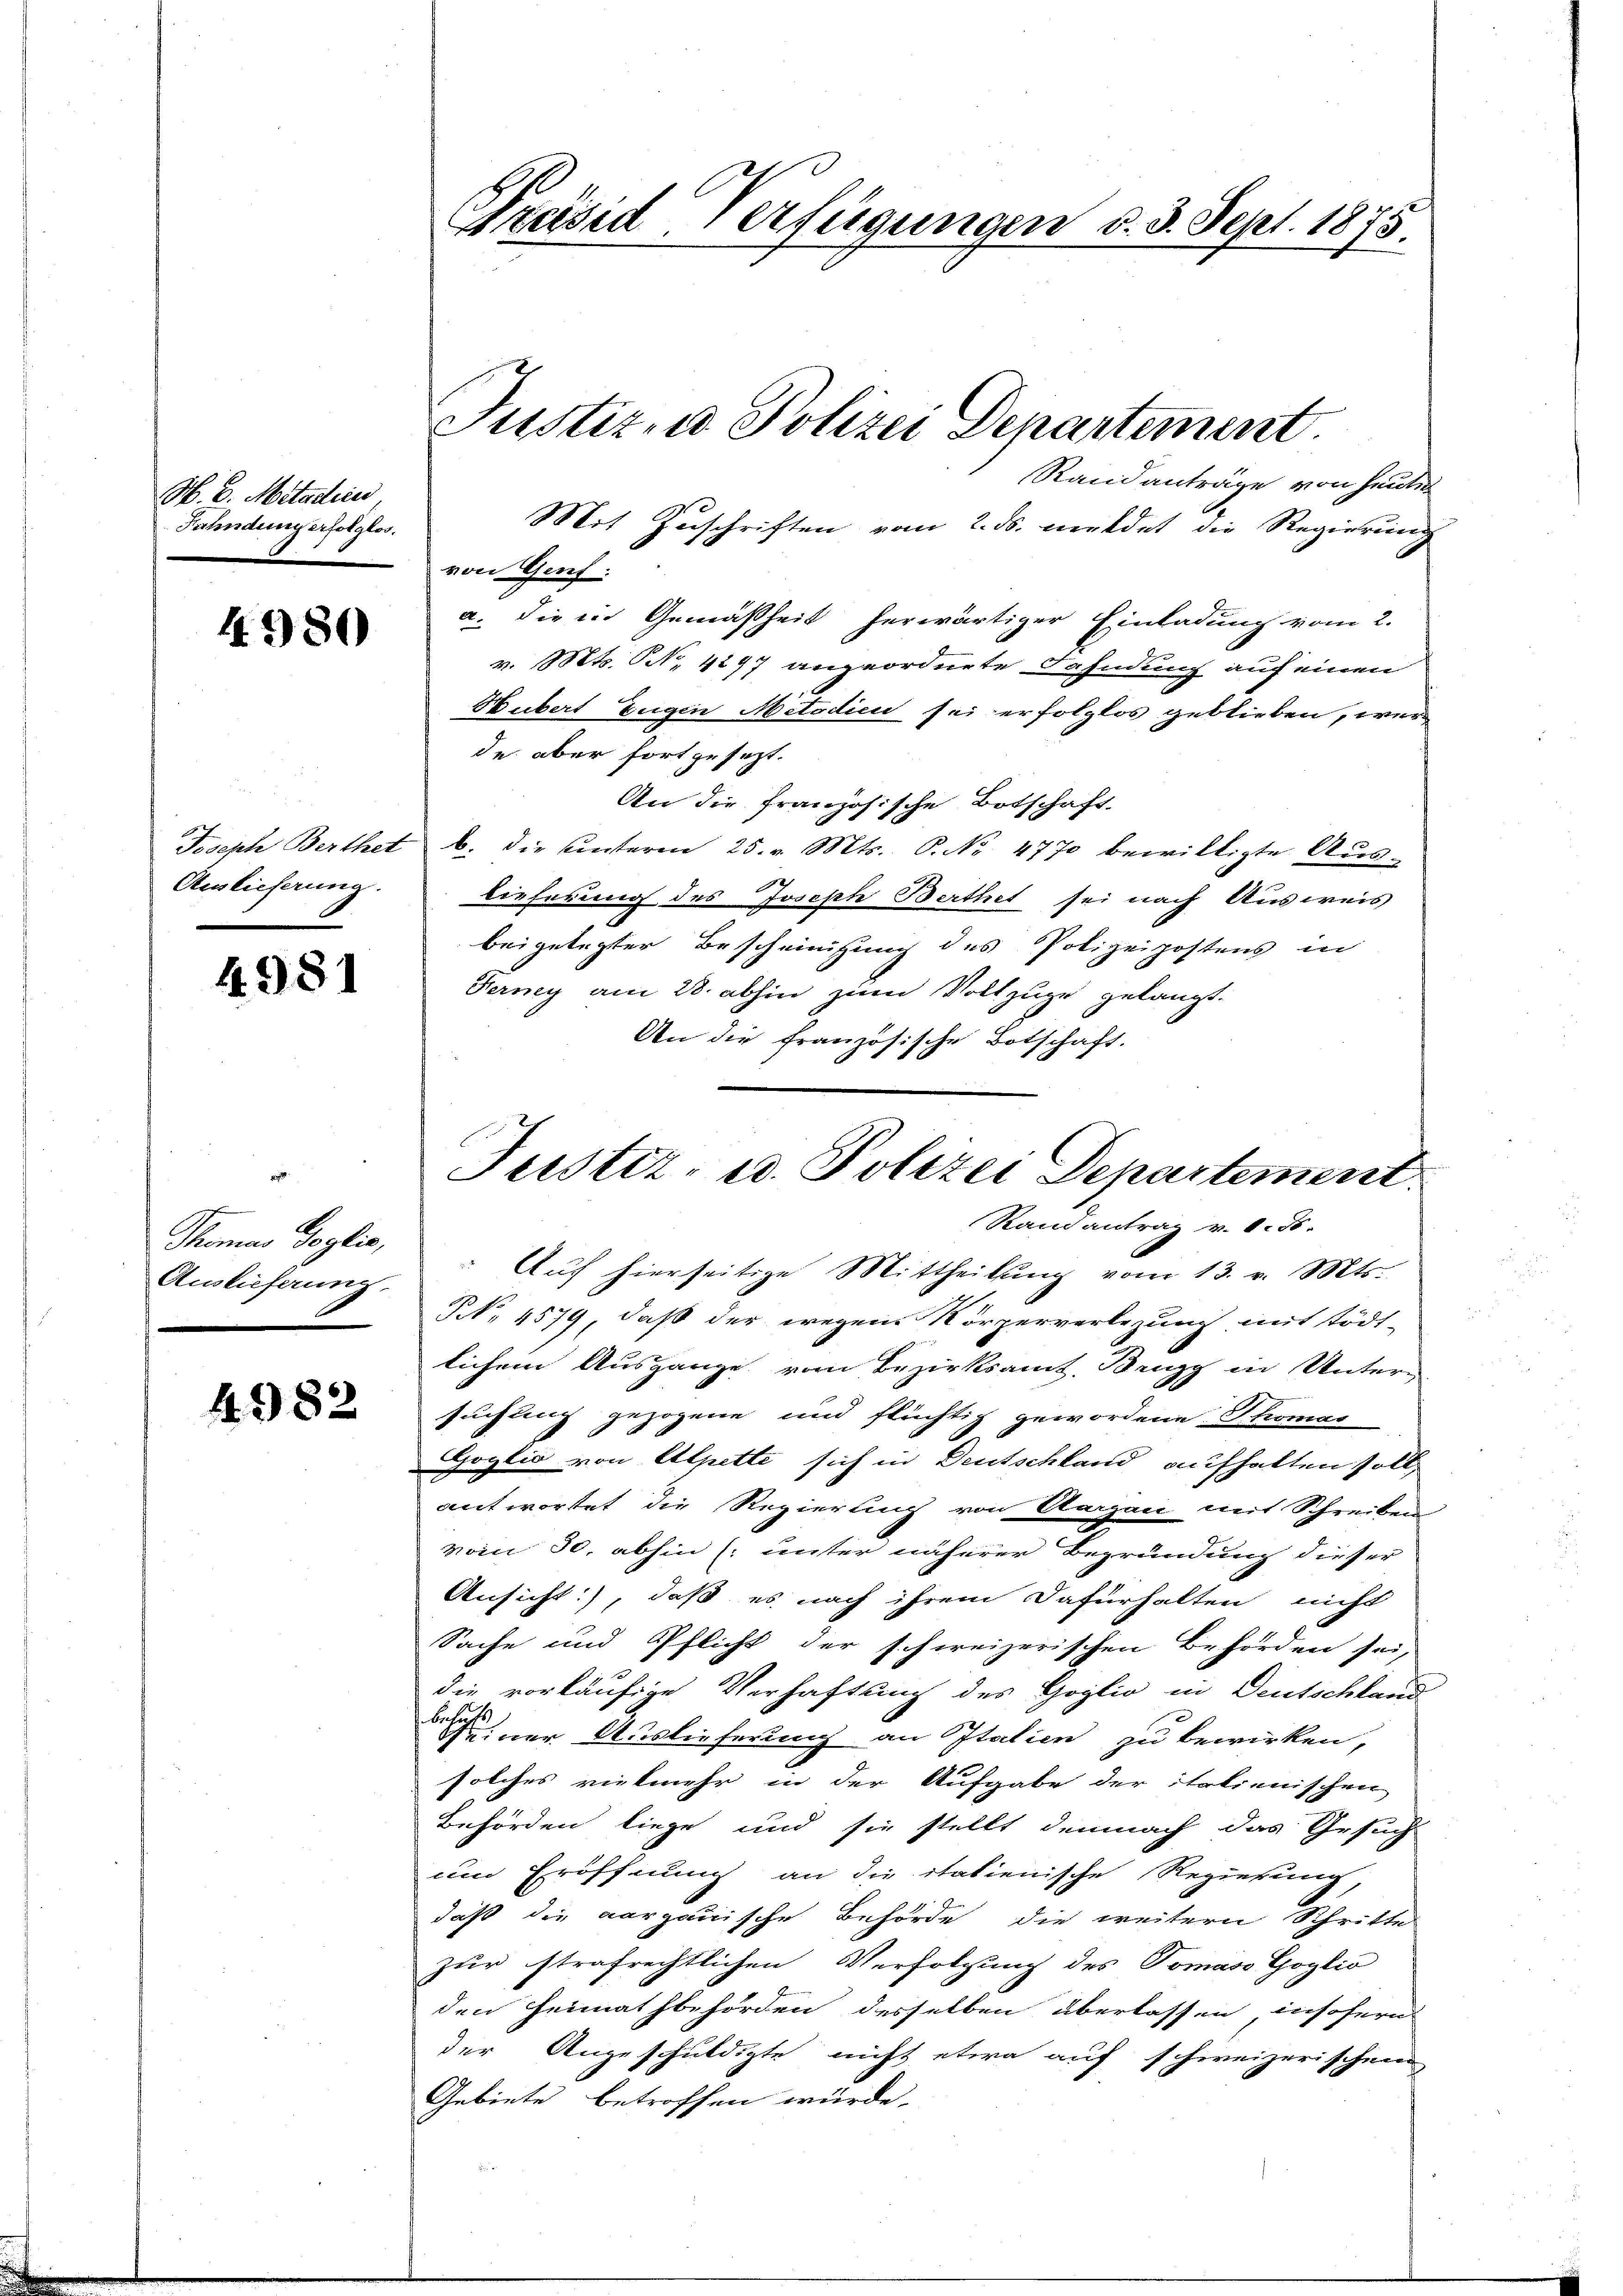
N. B. Mitadien
Fahndung erfolglos.

4980

Joseph Berthet
Auslieferung.

4951

Thomas Soglio,
Auslieferung.

4982

Präsid. Verfügungen d. 3. Sept. 1875.

Justiz- u Polizei Denartement
Randanträge von heuten

Mit Zuschriften vom 2. ds. meldet die Regierung
von Genf.
a. die in Gemäßheit herwärtiger Einladung vom 2.
v. Mts. N. 4297 angeordnete Fahndung auf einen
Hubert Eugen Mitodici sei erfolglos geblieben, wer
de aber fortgesezt.
An die französische Botschaft
b. die Unteren 25. v. Mts. P. Nr. 4770 bewilligte Aŭs-
lieferung des Joseph Berthet sei nach Ausweis
beigelegter Bescheinigung des Polizeipostens in
Ferney am 28. abhin zum Vollzuge gelangt.
An die französische Botschaft.

Justiz- u. Polizei Departement
Ramantrag v. 156.

" Aŭf hierseitige Mittheilŭng vom 13. v. Mts.
N. 4579, daß der wegen Körperverlegung mit tödt-
lichem Ausgange vom Bezirksamt, Brugg in Untern
suchung gezogene und flüchtig gewordene Thomas
Goglio von Alpette sich in Deutschland aufhalten soll,
antwortet die Regierung von Aargau mit Schreiben
vom 30. abhin (unter näherer Begründung dieser
Ansicht), daß es nach ihrem Dafürhalten nicht
Sache und Pflicht der schweizerischen Behörden sei,
die vorläufige Verhaftung des Goglio in Deutschland
behufe
seiner Auslieferung an Italien zu bewirken,
solches vielmehr in der Aufgabe der italienischen
Behörden liege und sie stellt demnach das Gesuch
um Eröffnung an die italienische Regierung
daß die aargauische Behörde die weitern Schritte
zur strafrechtlichen Verfolgung des Tomaso Goglio
den Heimathbehörden desselben überlassen, insofern
der Angeschuldigte nicht etwa auf schweizerischen
Gebiete betroffen würde.